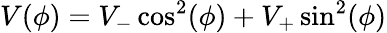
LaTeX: V(\phi)=V_{-}\cos^{2}(\phi)+V_{+}\sin^{2}(\phi)